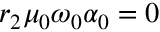
r _ { 2 } \mu _ { 0 } \omega _ { 0 } \alpha _ { 0 } = 0